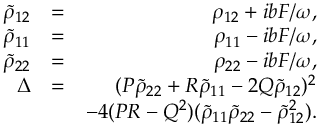
\begin{array} { r l r } { \tilde { \rho } _ { 1 2 } } & { = } & { \rho _ { 1 2 } + i b F / \omega , } \\ { \tilde { \rho } _ { 1 1 } } & { = } & { \rho _ { 1 1 } - i b F / \omega , } \\ { \tilde { \rho } _ { 2 2 } } & { = } & { \rho _ { 2 2 } - i b F / \omega , } \\ { \Delta } & { = } & { ( P \tilde { \rho } _ { 2 2 } + R \tilde { \rho } _ { 1 1 } - 2 Q \tilde { \rho } _ { 1 2 } ) ^ { 2 } } \\ & { } & { - 4 ( P R - Q ^ { 2 } ) ( \tilde { \rho } _ { 1 1 } \tilde { \rho } _ { 2 2 } - \tilde { \rho } _ { 1 2 } ^ { 2 } ) . } \end{array}